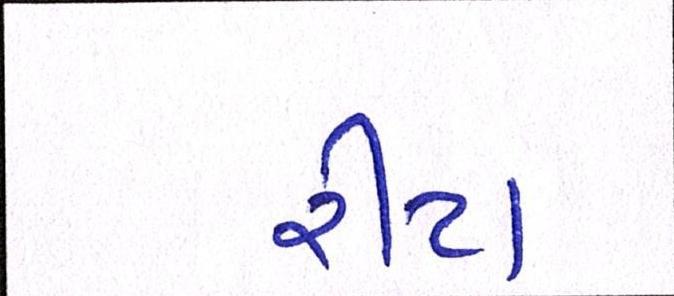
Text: રીટા